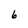
Character: 6